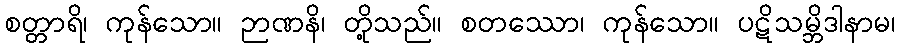
စတ္တာရိ၊ ကုန်သော။ ဉာဏနိ၊ တို့သည်။ စတဿော၊ ကုန်သော။ ပဋိသမ္ဘိဒါနာမ၊